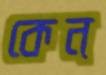
কেন্